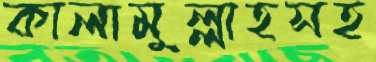
কালামুল্লাহসহ